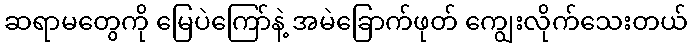
ဆရာမတွေကို မြေပဲကြော်နဲ့ အမဲခြောက်ဖုတ် ကျွေးလိုက်သေးတယ်